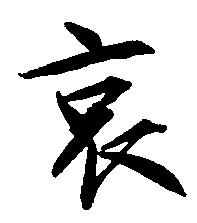
哀